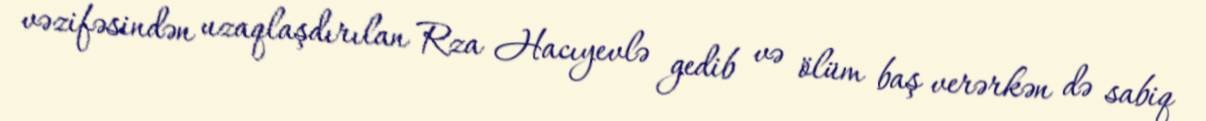
vəzifəsindən uzaqlaşdırılan Rza Hacıyevlə gedib və ölüm baş verərkən də sabiq